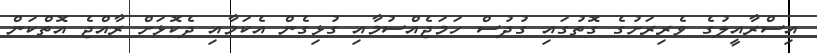
އިސްރާއީލުގެ ވެރިރަށުގެ ގޮތުގައި ގުދުސް ހަމަޖެއްސުމާއި ގުޅިގެން އެކަމާއި ދެކޮޅަށް ރާއްޖެ އޮތްކަން